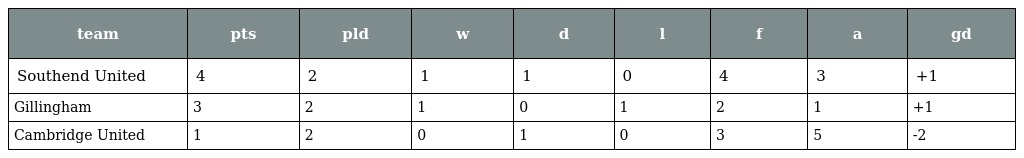
| team | pts | pld | w | d | l | f | a | gd |
 | --- | --- | --- | --- | --- | --- | --- | --- | --- |
 | Southend United | 4 | 2 | 1 | 1 | 0 | 4 | 3 | +1 |
 | Gillingham | 3 | 2 | 1 | 0 | 1 | 2 | 1 | +1 |
 | Cambridge United | 1 | 2 | 0 | 1 | 0 | 3 | 5 | -2 |